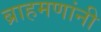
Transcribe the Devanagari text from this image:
ब्राहमणांनी